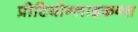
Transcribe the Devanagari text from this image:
प्रोटियोग्लाइकन्स